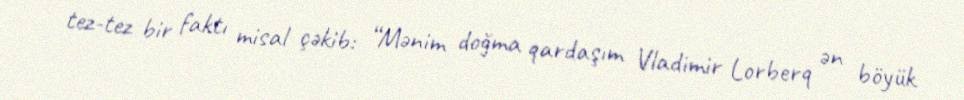
tez-tez bir faktı misal çəkib: “Mənim doğma qardaşım Vladimir Lorberq ən böyük